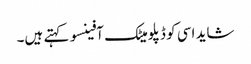
شاید اسی کو ڈپلومیٹک آفینسو کہتے ہیں۔